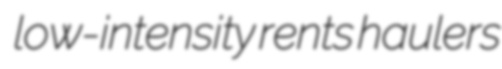
low-intensity rents haulers